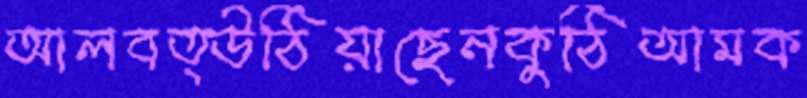
আলবত্উঠিয়াছেনকুঠিআমক